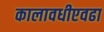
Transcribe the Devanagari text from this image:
कालावधीएवढा